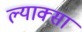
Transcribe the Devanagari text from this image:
ल्याक्सा